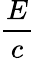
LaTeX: \frac{E}{c}